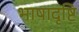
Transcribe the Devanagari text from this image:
भाषादृष्टि